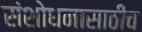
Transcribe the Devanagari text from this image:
संशोधनासाठीच